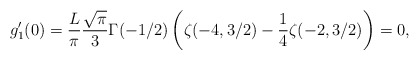
\begin{align*}g_1'(0)=\frac{L}{\pi}\frac{\sqrt{\pi}}{3}\Gamma(-1/2)\left(\zeta(-4,3/2)-\frac{1}{4}\zeta(-2,3/2)\right)=0,\end{align*}